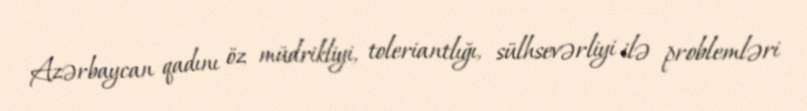
Azərbaycan qadını öz müdrikliyi, toleriantlığı, sülhsevərliyi ilə problemləri